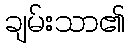
ချမ်းသာ၏